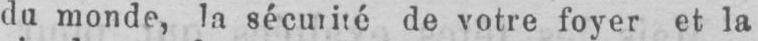
du monde, la sécurité de votre foyer et la